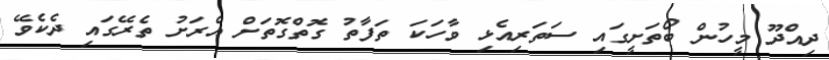
ދިއްދޫ މީހުން ބޯތަށީގައި ސަތަރިއެޅި ވާހަކަ ތަފާތު ގޮތްގޮތަށް އެރަށު ތެރޭގައި ދެކެވޭ